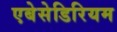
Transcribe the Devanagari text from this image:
एबेसेडिरियम